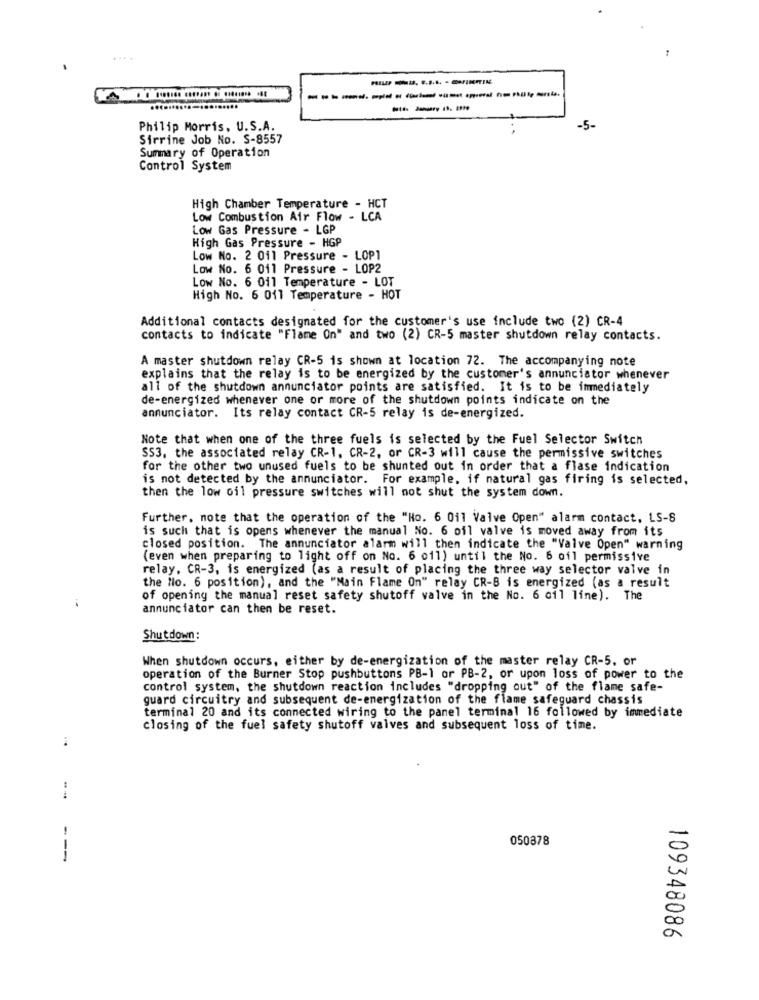
------------------
Philip Morris, U.S.A.
-5-
Sirrine Job No. S-8557
Summary of Operation
Control System
High Chamber Temperature - HCT
Low Combustion Air Flow - LCA
Low Gas Pressure - LGP
High Gas Pressure - HGP
Low No. 2 011 Pressure - LOP1
Low No. 6 011 Pressure - LOP2
Low No. 6 011 Temperature - LOT
High No. 6 011 Temperature - HOT
Additional contacts designated for the customer's use include two (2) CR-4
contacts to indicate "Flame On" and two (2) CR-5 master shutdown relay contacts.
A master shutdown relay CR-5 is shown at location 72. The accompanying note
explains that the relay is to be energized by the customer's annunciator whenever
all of the shutdown annunciator points are satisfied. It is to be immediately
de-energized whenever one or more of the shutdown points indicate on the
annunciator. Its relay contact CR-5 relay is de-energized.
Note that when one of the three fuels is selected by the Fuel Selector Switch
SS3, the associated relay CR-1. CR-2, or CR-3 will cause the permissive switches
for the other two unused fuels to be shunted out in order that a flase indication
is not detected by the annunciator. For example, if natural gas firing is selected,
then the low oil pressure switches will not shut the system down.
Further, note that the operation of the "Ho. 6 0il Valve Open" alarm contact, LS-S
is such that is opens whenever the manual No. 6 oil valve is moved away from its
closed position. The annunciator alarm will then indicate the "Valve Open" warning
(even when preparing to light off on No. 6 011) until the No. 6 oil permissive
relay, CR-3, is energized (as a result of placing the three way selector valve in
the llo. 6 position), and the "Main Flame On" relay CR-8 is energized (as a result
of opening the manual reset safety shutoff valve in the No. 6 oil line). The
annunciator can then be reset.
Shutdown:
When shutdown occurs, either by de-energization of the master relay CR-5, or
operation of the Burner Stop pushbuttons PB-1 or PB-2, or upon loss of power to the
control system, the shutdown reaction includes "dropping out" of the flame safe-
guard circuitry and subsequent de-energization of the flame safeguard chassis
terminal 20 and its connected wiring to the panel terminal 16 followed by immediate
closing of the fuel safety shutoff valves and subsequent loss of time.
:
050878
---
00
00
à
109348086